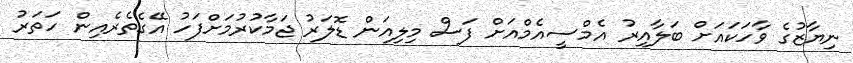
ނިޔާޒުގެ ވާހަކައަށް ބަލާއިރު އެމްސީއެމްއަށް ފަސް މިލިއަން ޑޮލަރު ޖަމާކުރުމަށްފަހު އޭގެތެރެއިން ހަތަރު